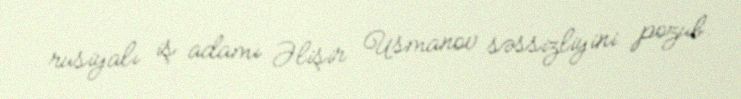
rusiyalı iş adamı Əlişir Usmanov səssizliyini pozub.